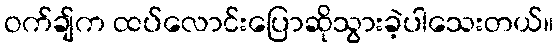
ဝက်ချ်က ထပ်လောင်းပြောဆိုသွားခဲ့ပါသေးတယ်။